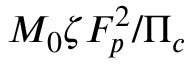
M _ { 0 } \zeta F _ { p } ^ { 2 } / \Pi _ { c }